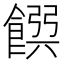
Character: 𩜹